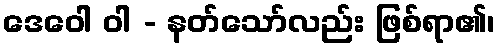
ဒေဝေါ ဝါ - နတ်သော်လည်း ဖြစ်ရာ၏၊